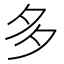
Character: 多